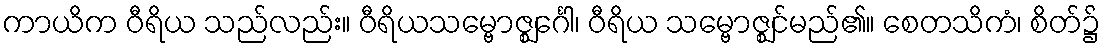
ကာယိက ဝီရိယ သည်လည်း။ ဝီရိယသမ္ဗောဇ္ဈင်္ဂေါ၊ ဝီရိယ သမ္ဗောဇ္ဈင်မည်၏။ စေတသိကံ၊ စိတ်၌